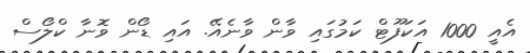
އެއީ 1000 އަކަފޫޓް ކަމުގައި ވާން ވާނެއޭ. އައި ޑޯން ވޮނާ ކްލޯސް